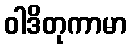
ဝါဒိတုကာမာ